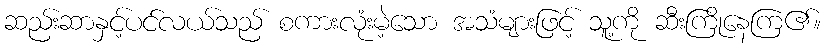
ဆည်းဆာနှင့်ပင်လယ်သည် စကားလုံးမဲ့သော အသံများဖြင့် သူ့ကို ဆီးကြိုနေကြ၏။